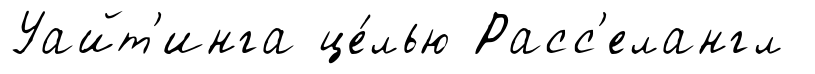
Уайт'инга це́лью Расс'елангл